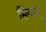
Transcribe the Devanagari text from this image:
सियाग्